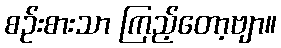
စဉ်းစားသာ ကြည့်တော့ဗျာ။